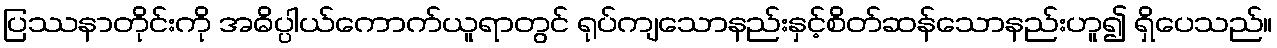
ပြဿနာတိုင်းကို အဓိပ္ပါယ်ကောက်ယူရာတွင် ရုပ်ကျသောနည်းနှင့်စိတ်ဆန်သောနည်းဟူ၍ ရှိပေသည်။